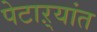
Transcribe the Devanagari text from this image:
पेटाऱ्यांत